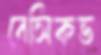
বেসিকভ